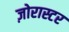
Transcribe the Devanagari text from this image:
ज़ोरास्टर